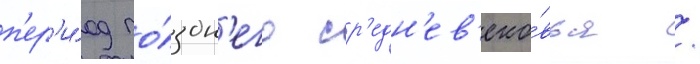
п'ер'и́од по́здн'его ср'едн'ев'еко́вья /